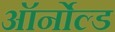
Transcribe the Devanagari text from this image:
ऑर्नोल्ड